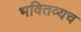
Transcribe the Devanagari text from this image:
भवितव्यच